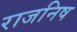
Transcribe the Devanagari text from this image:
राजनिष